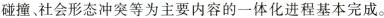
碰撞、社会形态冲突等为主要内容的一体化进程基本完成。